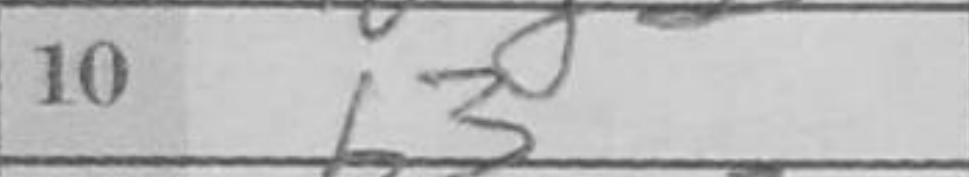
Transcription: b3